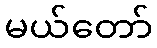
မယ်တော်